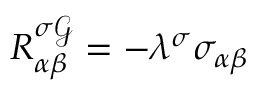
R _ { \alpha \beta } ^ { \sigma \mathcal { G } } = - \lambda ^ { \sigma } \sigma _ { \alpha \beta }